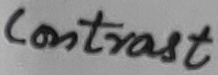
Text: Contrast